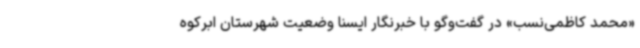
«محمد کاظمی‌نسب» در گفت‌وگو با خبرنگار ایسنا وضعیت شهرستان ابرکوه